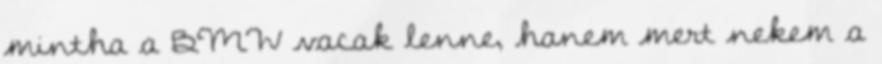
mintha a BMW vacak lenne, hanem mert nekem a